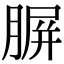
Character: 𦝷